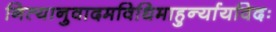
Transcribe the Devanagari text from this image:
नित्यानुवादमविधिमाहुर्न्यायविदः